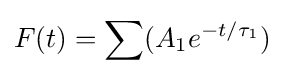
F(t)=\sum (A_{1}e^{-t/\tau _{1}})